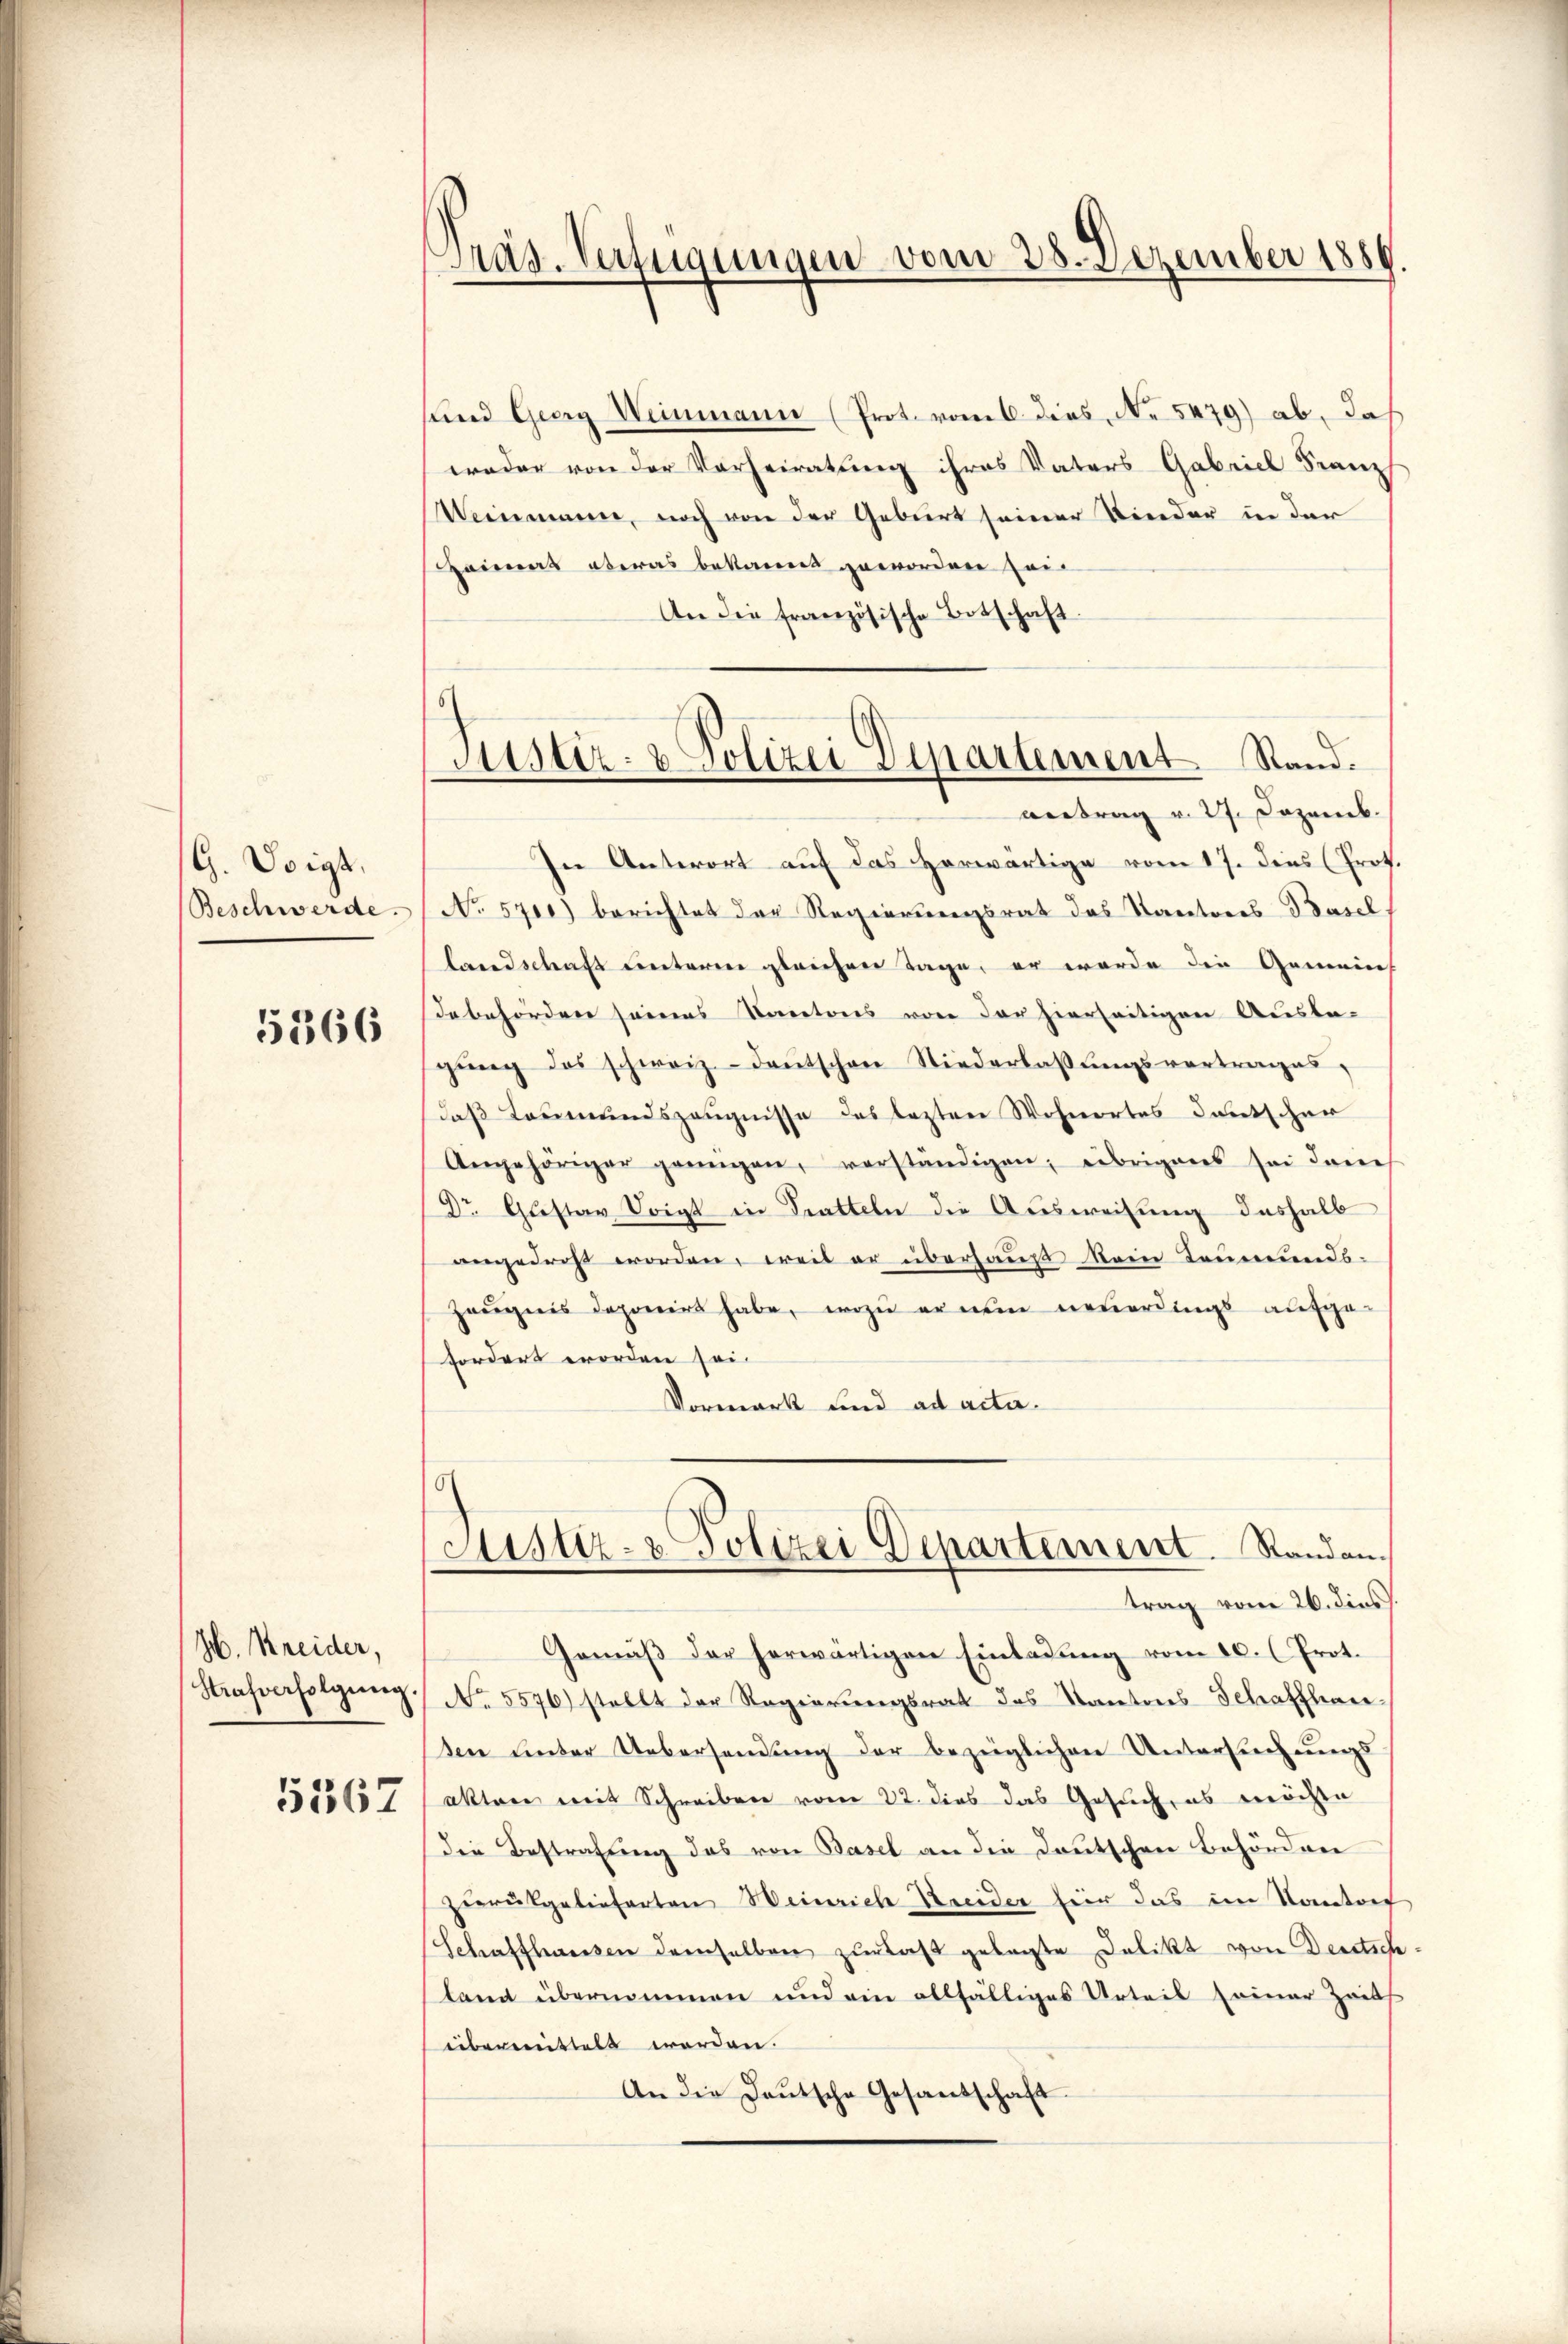
G. Voigt,
Beschwerde.

5366

H. Kreider,
Strafverfolgŭng.

5567

sund Georg Weinmann (Prot. vom 6. dies, No 5479) ab, daß
weder von der Vorheiratung ihres Vaters Gabriel Franz
Weinmann, noch von der Geburt seiner Kinder in der
Heimat etwas bekannt geworden sei
An die französische Botschaft

Präs. Verfügungen vom 28. Dezember 1889.

Justiz- & Polizei Departement Stand.
antrag v. 27. Dezemb.

In Antwort auf das Horwärtige vom 17. dies (Prot.
No. 5700) berichtet der Regierungsrat das Kantores Basel,
landschaft unteren gleichen Tage, er werde die Gemeins
debehörden seines Santons von der hierseitigen Ausba-
ging des schweiz.- deŭtschen Niederlassŭngsvertrages,
daß Leumundszeugnisse des lezten Wohnortes deutscher
Angehöriger grŭngen, verständigen, übrigens sei dan
Dr. Gustav Voigt in Tratteln die Ausweisung deshalb
angedroht worden, weil er überhaus kein Leumunds-
Zeugnis deponirt habe, wozu er nun neuerdings aufge-
fordert worden sei.
Vormark und ad acta.

Justiz- & Polizei Departement. Standantrag vom 26. dies

Gemäß der herwärtigen Einladung vom 10. (Prot.
No. 5576) stellt der Regierungsrat das Kantores Schaffhau
sen unter Uebersendŭng der bezüglichen Untersuchungs
aktor mit Schreiben vom 22. dies das Gesuch, es möchte
die Bestrafung das von Basel an die Deutschen Behörder
zurükgelieferten Weinrich Kreider für das im Kantons
Schaffhausen demselben zur Last gelegte Delikt von Deutsch
land übernommen und ein allfälliges Urteil seiner Zeits
übermittelt werden.
An die Deutsche Gesandschaft.